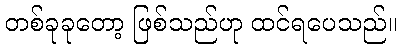
တစ်ခုခုတော့ ဖြစ်သည်ဟု ထင်ရပေသည်။